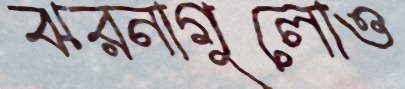
ঝরনাগুলোও